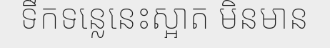
ទឹកទន្លេនេះស្អាត មិនមាន